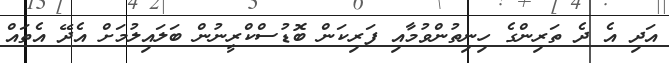
އަދި އެ ދެ ތަރިންގެ ހިނިތުންވުމާއި ފަރިކަން ބޮޑުސްކްރީނުން ބަލައިލުމަށް އެދޭ އެތައް